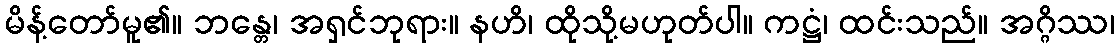
မိန့်တော်မူ၏။ ဘန္တေ၊ အရှင်ဘုရား။ နဟိ၊ ထိုသို့မဟုတ်ပါ။ ကဋ္ဌံ၊ ထင်းသည်။ အဂ္ဂိဿ၊